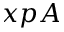
x p A